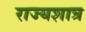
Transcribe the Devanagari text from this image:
राज्यशात्र